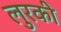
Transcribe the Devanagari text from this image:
लुरकी